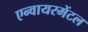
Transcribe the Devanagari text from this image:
एन्वायरमेंटल